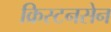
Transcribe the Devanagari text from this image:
क्रिस्टनसेन